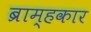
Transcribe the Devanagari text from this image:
ब्राम्हकार